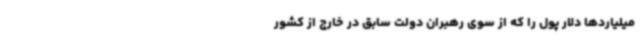
میلیاردها دلار پول را که از سوی رهبران دولت سابق در خارج از کشور